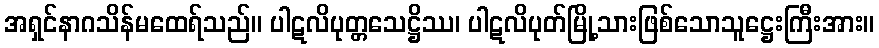
အရှင်နာဂသိန်မထေရ်သည်။ ပါဋလိပုတ္တသေဋ္ဌိဿ၊ ပါဋလိပုတ်မြို့သားဖြစ်သောသူဋ္ဌေးကြီးအား။